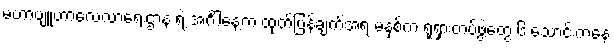
မဟာဗျူဟာလေ့လာရေးဌာန ရဲ့ အင်္ဂါနေ့က ထုတ်ပြန်ချက်အရ မနှစ်က ရုရှားတပ်ဖွဲ့တွေ ၆ သောင်းကနေ